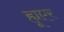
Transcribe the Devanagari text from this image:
ह्यूएर